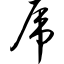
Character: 虎